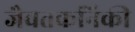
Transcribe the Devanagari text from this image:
जैवतकनिकी